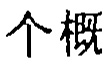
个概